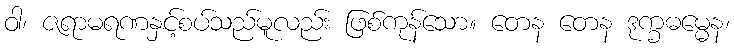
ဝါ၊ ဇရာမရဏနှင့်စပ်သည်မူလည်း ဖြစ်ကုန်သော။ တေန တေန ဒုက္ခဓမ္မေန၊